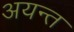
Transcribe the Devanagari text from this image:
अयन्त